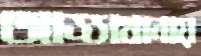
আড্ডাখানায়